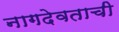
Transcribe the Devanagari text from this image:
नागदेवताची